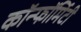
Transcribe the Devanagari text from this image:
कॉन्फॉर्मिटी